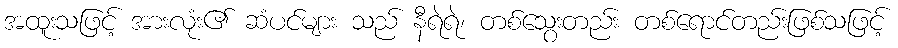
အထူးသဖြင့် အားလုံး၏ ဆံပင်များ သည် နီရဲရဲ၊ တစ်သွေးတည်း တစ်ရောင်တည်းဖြစ်သဖြင့်